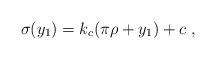
LaTeX: \begin{align*}\sigma (y_1) = k_c ( \pi \rho + y_1 ) + c ~,~\,\end{align*}